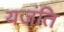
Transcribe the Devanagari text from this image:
यजंति